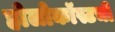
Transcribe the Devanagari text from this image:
होलोकॉस्टची